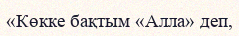
«Көкке бақтым «Алла» деп,